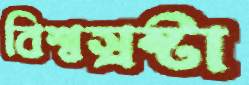
বিশ্বস্রষ্টা